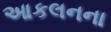
આકલનના